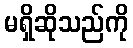
မရှိဆိုသည်ကို